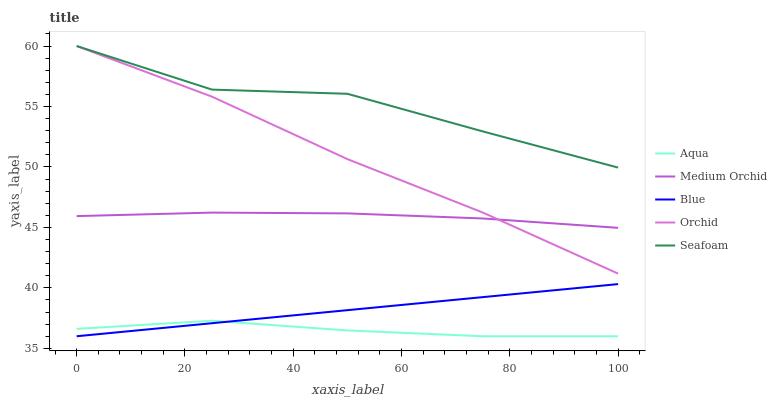
| xaxis_label | Aqua | Medium Orchid | Blue | Orchid | Seafoam |
 | --- | --- | --- | --- | --- | --- |
 | 0 | 36.6 | 45.9 | 36 | 60 | 60 |
 | 25 | 37.3 | 46.2 | 37.1 | 55.8 | 56.4 |
 | 50 | 36.5 | 46.2 | 38.2 | 50.6 | 56 |
 | 75 | 36 | 45.7 | 39.2 | 46.2 | 52.9 |
 | 100 | 36 | 45 | 40.3 | 41.2 | 49.9 |